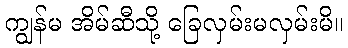
ကျွန်မ အိမ်ဆီသို့ ခြေလှမ်းမလှမ်းမိ။